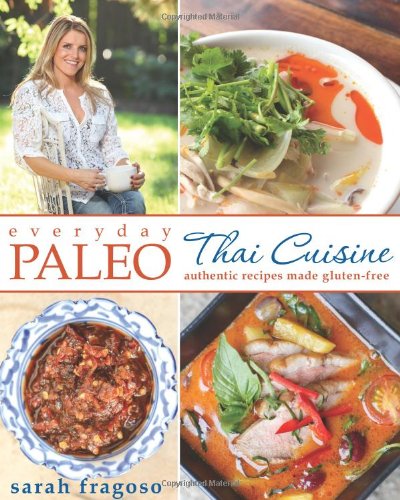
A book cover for Everyday Paleo: Thai Cuisine: Authentic Recipes Made Gluten-free; Sarah Fragoso; Cookbooks, Food & Wine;